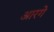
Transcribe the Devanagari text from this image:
आरगे